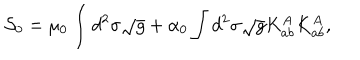
LaTeX: { \cal S } _ { 0 } = \mu _ { 0 } \int d ^ { 2 } \sigma \sqrt { g } + \alpha _ { 0 } \int d ^ { 2 } \sigma \sqrt { g } K _ { a b } ^ { A } K _ { a b } ^ { A } ,